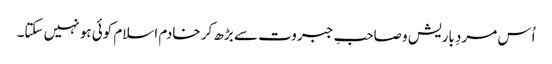
اُس مردِ باریش و صاحبِ جبروت سے بڑھ کر خادم اسلام کوئی ہو نہیں سکتا۔